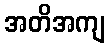
အတိအကျ